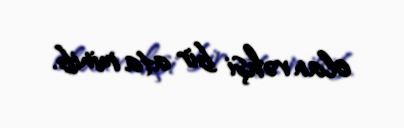
olan vəhşi bir ata minib.